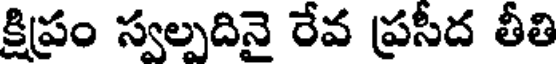
క్షిప్రం స్వల్పదినై రేవ ప్రసీద తీతి